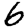
Digit: 6